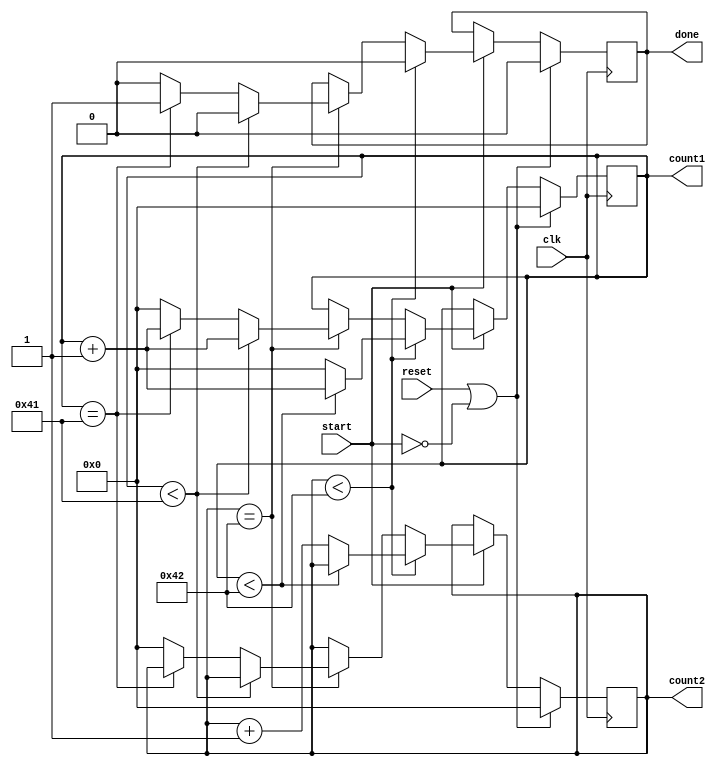
`timescale 1ns / 1ps
//////////////////////////////////////////////////////////////////////////////////
// Company: 
// Engineer: 
// 
// Design Name: 
// Module Name: Counter
// Project Name: 
// Target Devices: 
// Tool Versions: 
// Description: 
// 
// Dependencies: 
// 
// Revision:
// Revision 0.01 - File Created
// Additional Comments:
// 
//////////////////////////////////////////////////////////////////////////////////

module Counter(
    input clk,
    input start,
    input reset,
    output reg [6:0] count1,
    output reg [6:0] count2,
    output reg done
    );
    
    parameter mod = 67;
    
    always @ ( posedge clk )
    begin
        if( reset || ~start )
        begin
            count1 <= 0;
            count2 <= 0;
            done <= 0;
        end else if ( start )
        begin
            if( count2 < mod-1 )
            begin
                if( count1 < mod-1 )
                begin
                    count1 <= count1 + 1;
                    done <= 0;
                end else
                begin
                    count1 <= 0;
                    count2 <= count2 + 1;
                    done <= 0;
                end
            end else if ( count2 == mod-1 )
            begin
                if( count1 < mod - 2 )
                    begin
                        count1 <= count1 + 1;
                        done <= 0;
                    end else if ( count1 == mod - 2 )
                    begin
                        count1 <= count1 + 1;
                        done <= 1;
                    end
                    else
                    begin
                        count1 <= 0;
                        count2 <= 0;
                        done <= 0;
                    end
            end
        end
    end
endmodule